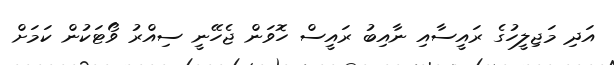
އަދި މަޖިލީހުގެ ރައީސާއި ނާއިބު ރައީސް ހޮވަން ޖެހޭނީ ސިއްރު ވޯޓަކުން ކަމަށް